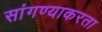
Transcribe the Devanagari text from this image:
सांगण्याकरता